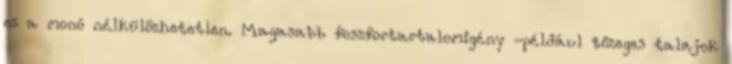
ez a monó nélkülözhetetlen. Magasabb foszfortartalomigény -például tőzeges talajok